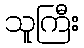
သူကြီး